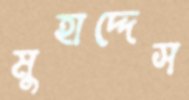
মুহাদ্দেস